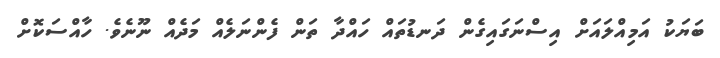
ބަޔަކު އަމިއްލައަށް އިސްނަގައިގެން ދަނޑުތައް ހައްދާ ތަން ފެންނަލެއް މަދެއް ނޫނެވެ. ހާއްސަކޮށް